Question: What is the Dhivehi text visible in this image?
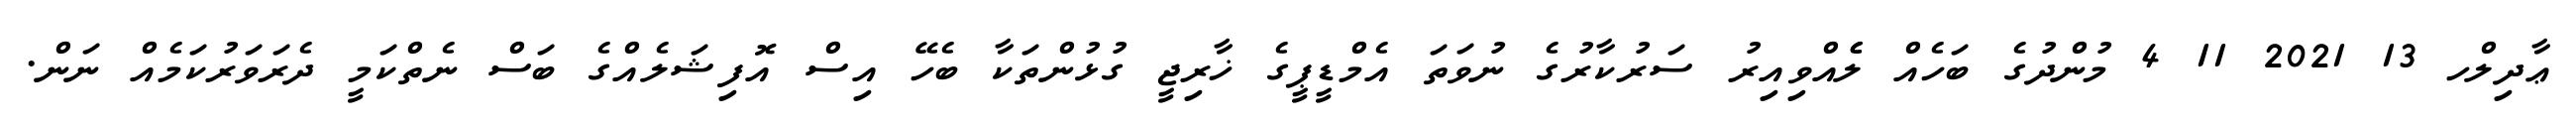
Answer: ޢާދިލްހ 13 2021 11 4 މުންދުގެ ބަހެއް ލެެއްވިއިރު ސަރުކާރުގެ ނުވަތަ އެމްޑީޕީގެ ޚާރިޖީ ގުޅުންތަކާ ބެހޭ އިސް އޮފިޝަލެއްގެ ބަސް ނެތްކަމީ ދެރަވަރުކަމެއް ނަން.